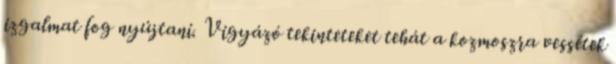
izgalmat fog nyújtani. Vigyázó tekinteteket tehát a kozmoszra vessétek